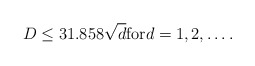
\begin{align*} D \leq 31.858 \sqrt{d} \textrm{for} d=1,2,\dots.\end{align*}